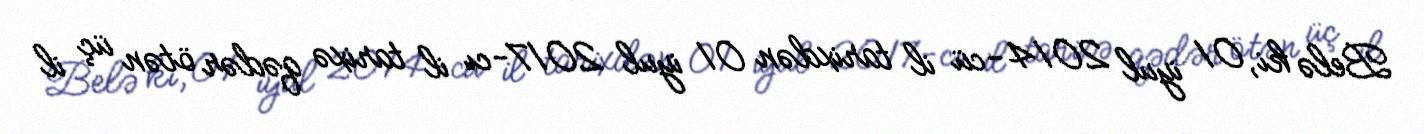
Belə ki, 01 iyul 2014-cü il tarixdən 01 iyul 2017-cı il tarixə qədər ötən üç il